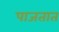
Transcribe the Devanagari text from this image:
पाजतात